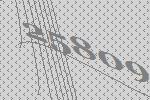
25809